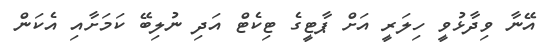
އޭނާ ވިދާޅުވީ ހިލަރީ އަށް ޕާޓީގެ ޓިކެޓް އަދި ނުލިބޭ ކަމަށާއި އެކަން